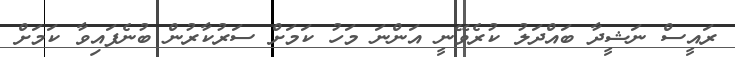
ރައީސް ނަޝީދާ ބައްދަލު ކުރެވޭނީ އަންނަ މަހު ކަމަށް ސަރުކާރުން ބުނެފައިވާ ކަމަށް